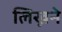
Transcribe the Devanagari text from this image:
लिख्नने